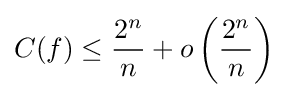
C(f)\leq {\frac {2^{n}}{n}}+o\left({\frac {2^{n}}{n}}\right)